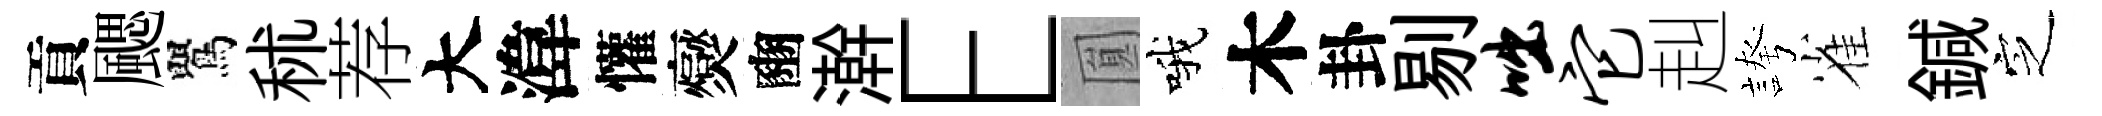
貢颸鸎秫荐大湋懽爕豳澣E圎哦木卦剔咄它赳誇雀鍼㝎